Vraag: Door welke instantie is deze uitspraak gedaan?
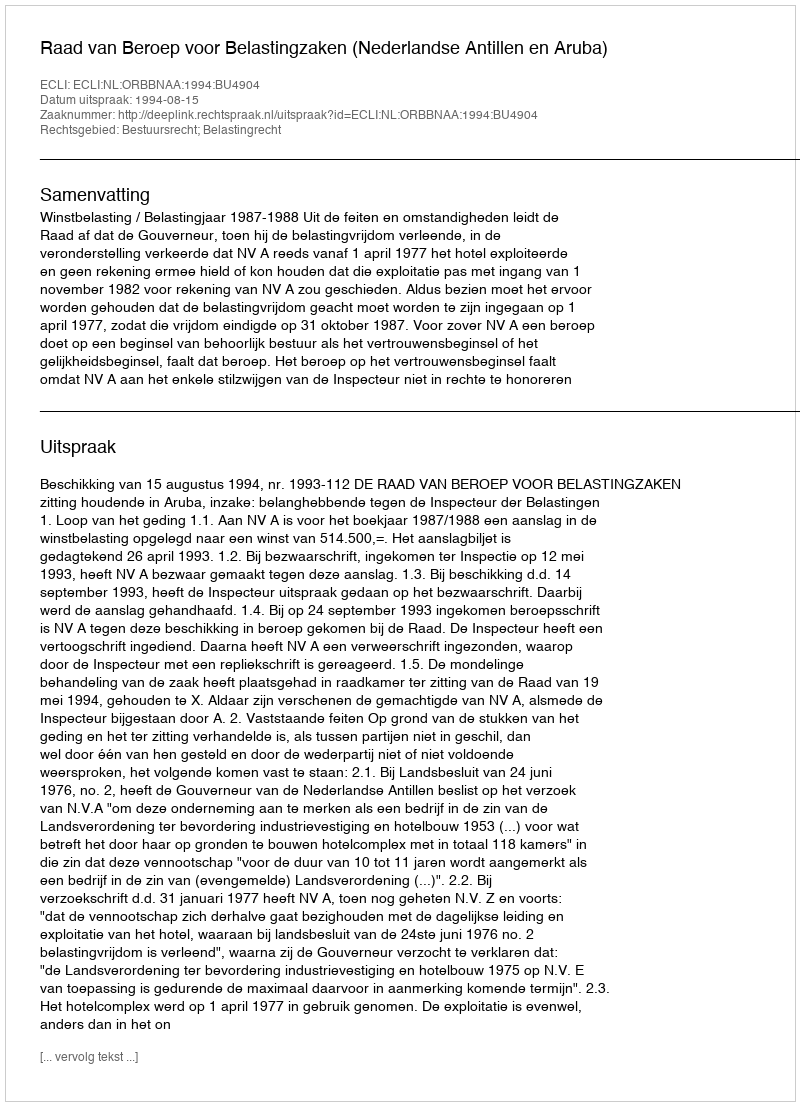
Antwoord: Raad van Beroep voor Belastingzaken (Nederlandse Antillen en Aruba)